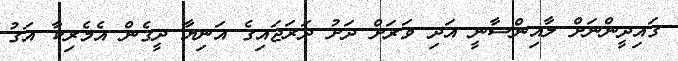
ގައިދީންނަށް ލާއިންސާނީ އަދި ވަރަށް ދަށު ދަރަޖަައިގެ އަނިޔާ ދީގެން އެމެރިކާ އަގު